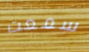
سمعت